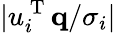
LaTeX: |u_{i}^{\mathrm{~T~}}\mathbf{q}/\sigma_{i}|